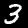
Digit: 3